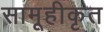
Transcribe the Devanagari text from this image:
सामूहीकृत